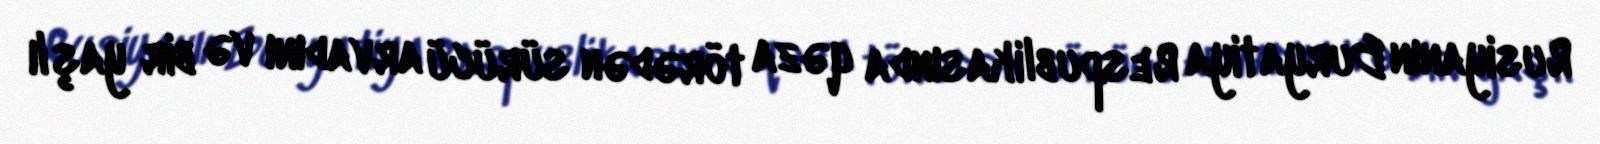
Rusiyanın Buryatiya Respublikasında qəza törədən sürücü arvadını və bir yaşlı